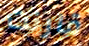
قارنت